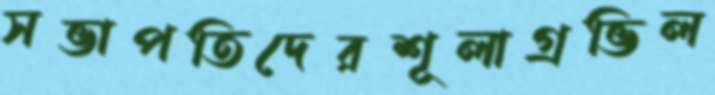
সভাপতিদেরশূলাগ্রভিল